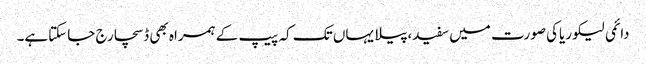
دائمی لیکوریاکی صورت میں سفید،پیلا یہاں تک کہ پیپ کے ہمراہ بھی ڈسچارج جاسکتاہے۔